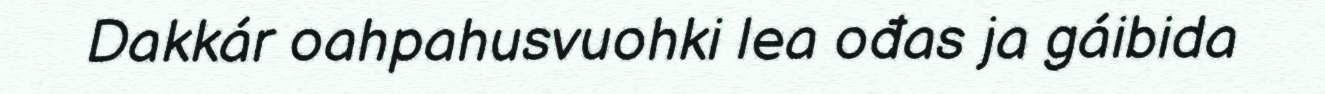
Dakkár oahpahusvuohki lea ođas ja gáibida